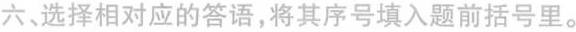
六、选择相对应的答语,将其序号填入题前括号里。